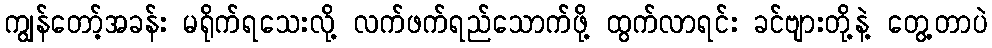
ကျွန်တော့်အခန်း မရိုက်ရသေးလို့ လက်ဖက်ရည်သောက်ဖို့ ထွက်လာရင်း ခင်ဗျားတို့နဲ့ တွေ့တာပဲ